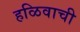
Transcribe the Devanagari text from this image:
हळिवाची